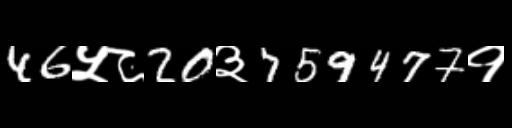
Text: 46५८20३759477१